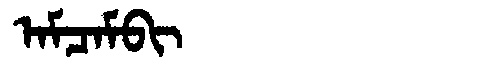
Manchu: ᠠᠮᠴᠠᠮᠪᡳ
Romanization: AMCAMBI